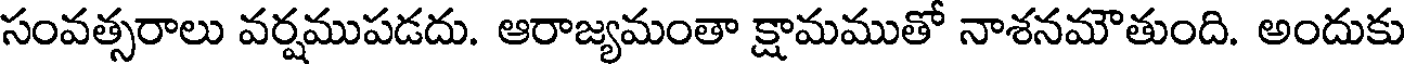
సంవత్సరాలు వర్షముపడదు. ఆరాజ్యమంతా క్షామముతో నాశనమౌతుంది. అందుకు